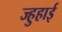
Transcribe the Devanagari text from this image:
ज्हुहाई